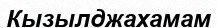
Кызылджахамам